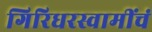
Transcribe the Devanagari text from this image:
गिरिधरस्वामींचं